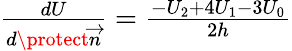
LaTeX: \begin{array}{r}{\frac{dU}{d\protect\overrightarrow{n}}=\frac{-U_{2}+4U_{1}-3U_{0}}{2h}}\end{array}